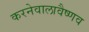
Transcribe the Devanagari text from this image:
करनेवालावैष्णव